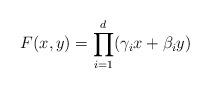
LaTeX: \begin{align*} F(x,y) = \prod_{i=1}^d (\gamma_i x + \beta_i y) \end{align*}